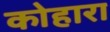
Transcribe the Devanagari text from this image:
कोहारा